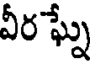
వీర ఘ్నే